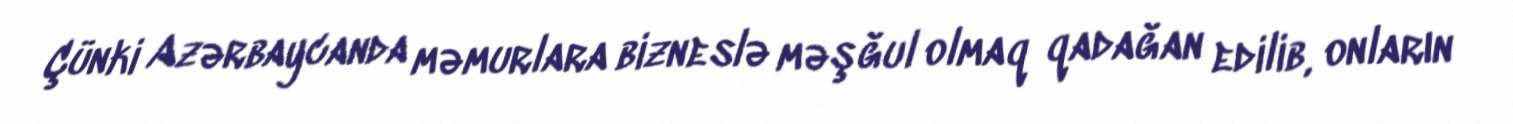
Çünki Azərbaycanda məmurlara bizneslə məşğul olmaq qadağan edilib, onların